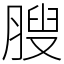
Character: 膄